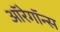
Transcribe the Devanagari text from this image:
ऑरेगॉन्स